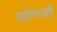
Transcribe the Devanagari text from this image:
उद्योगातही